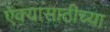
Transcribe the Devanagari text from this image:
ऐक्यासाठीच्या